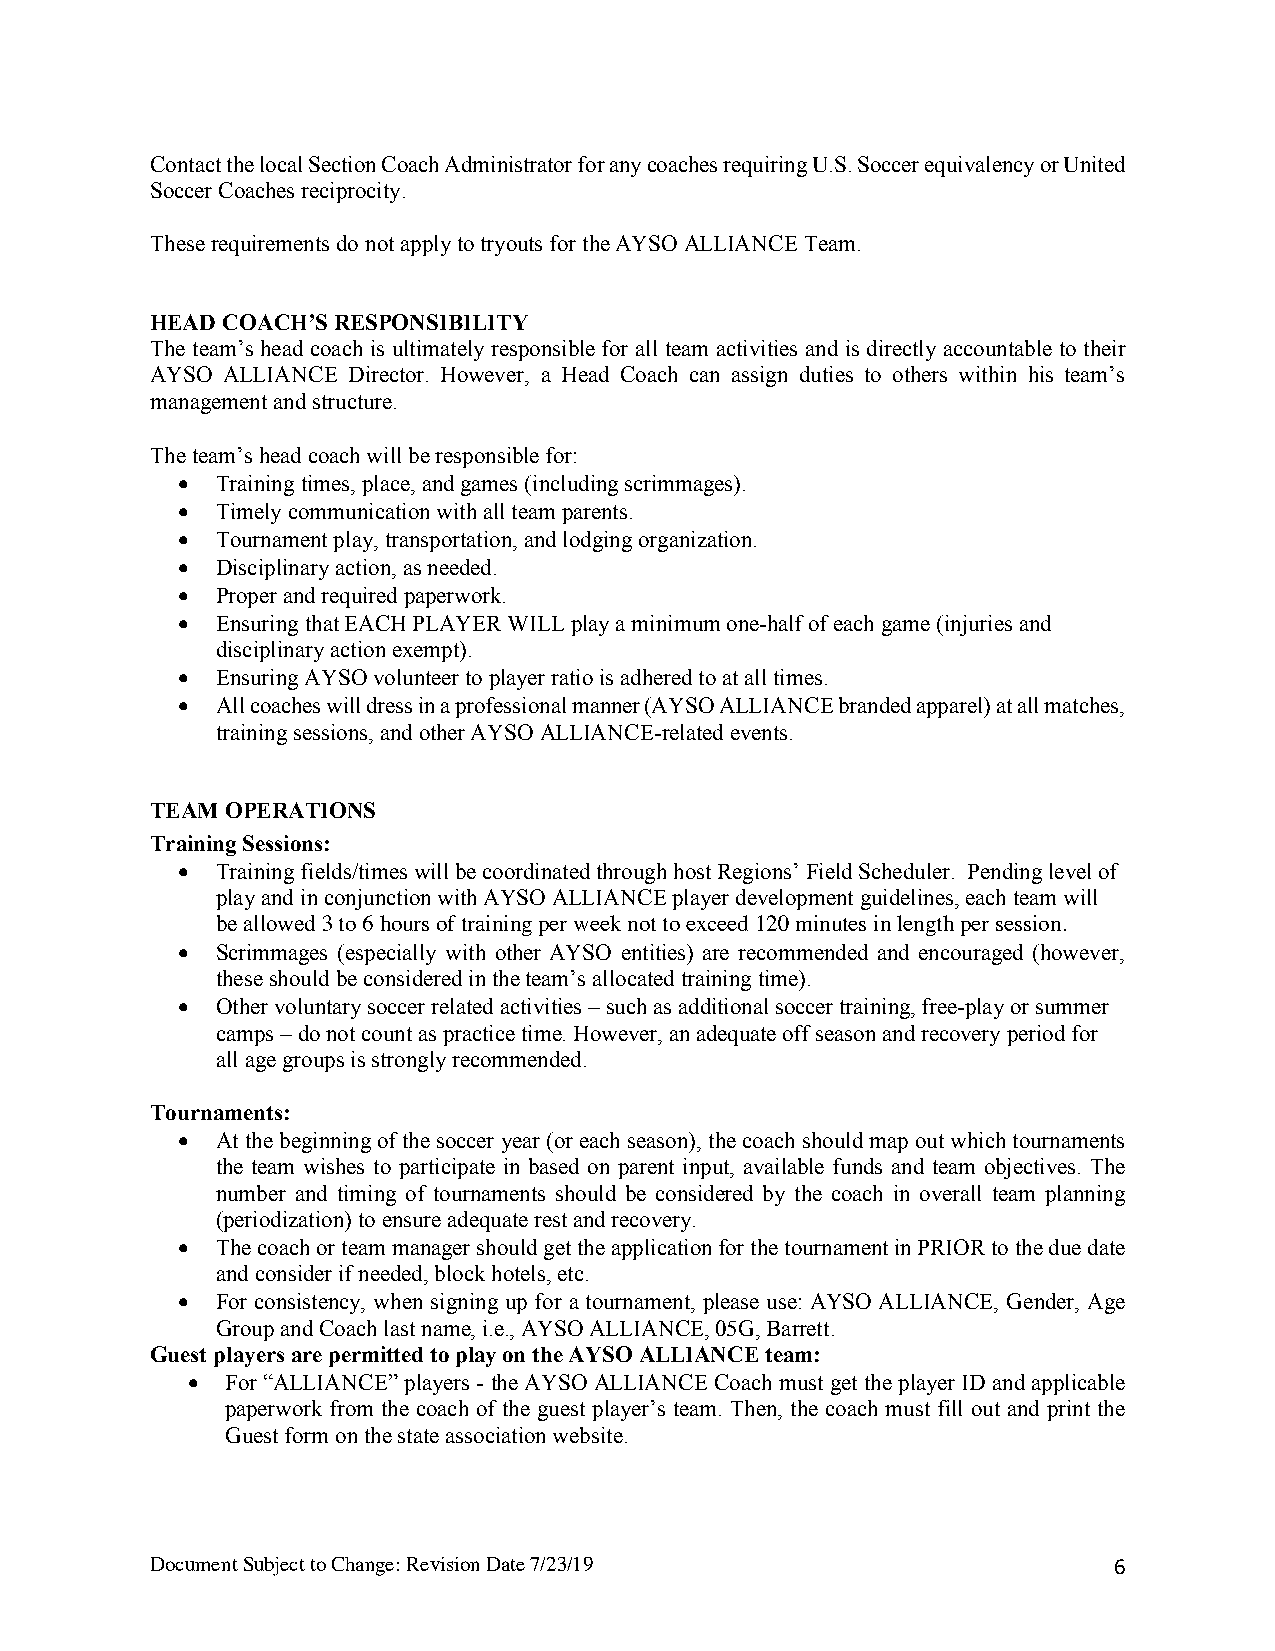
Contact the local Section Coach Administrator for any coaches requiring U.S. Soccer equivalency or United
 Soccer Coaches reciprocity.
 These requirements do not apply to tryouts for the AYSO ALLIANCE Team.
 HEAD COACH’S RESPONSIBILITY
 The team’s head coach is ultimately responsible for all team activities and is directly accountable to their
 AYSO ALLIANCE Director. However, a Head Coach can assign duties to others within his team’s
 management and structure.
 The team’s head coach will be responsible for:
 • Training times, place, and games (including scrimmages).
 • Timely communication with all team parents.
 • Tournament play, transportation, and lodging organization.
 • Disciplinary action, as needed.
 • Proper and required paperwork.
 • Ensuring that EACH PLAYER WILL play a minimum one-half of each game (injuries and
 disciplinary action exempt).
 • Ensuring AYSO volunteer to player ratio is adhered to at all times.
 • All coaches will dress in a professional manner (AYSO ALLIANCE branded apparel) at all matches,
 training sessions, and other AYSO ALLIANCE-related events.
 TEAM OPERATIONS
 Training Sessions:
 • Training fields/times will be coordinated through host Regions’ Field Scheduler. Pending level of
 play and in conjunction with AYSO ALLIANCE player development guidelines, each team will
 be allowed 3 to 6 hours of training per week not to exceed 120 minutes in length per session.
 • Scrimmages (especially with other AYSO entities) are recommended and encouraged (however,
 these should be considered in the team’s allocated training time).
 • Other voluntary soccer related activities – such as additional soccer training, free-play or summer
 camps – do not count as practice time. However, an adequate off season and recovery period for
 all age groups is strongly recommended.
 Tournaments:
 • At the beginning of the soccer year (or each season), the coach should map out which tournaments
 the team wishes to participate in based on parent input, available funds and team objectives. The
 number and timing of tournaments should be considered by the coach in overall team planning
 (periodization) to ensure adequate rest and recovery.
 • The coach or team manager should get the application for the tournament in PRIOR to the due date
 and consider if needed, block hotels, etc.
 • For consistency, when signing up for a tournament, please use: AYSO ALLIANCE, Gender, Age
 Group and Coach last name, i.e., AYSO ALLIANCE, 05G, Barrett.
 Guest players are permitted to play on the AYSO ALLIANCE team:
 •  For “ALLIANCE” players - the AYSO ALLIANCE Coach must get the player ID and applicable
 paperwork from the coach of the guest player’s team. Then, the coach must fill out and print the
 Guest form on the state association website.
 Document Subject to Change: Revision Date 7/23/19               6